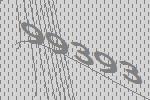
99393